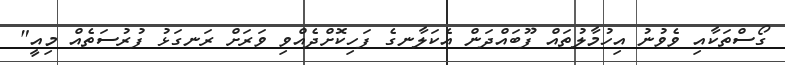
ގޯސްތަކާއި ވެވުނު އިހުމާލުތައް ފޫބައްދަން އެކަލާނގެ ފަހިކޮށްދެއްވި ވަރަށް ރަނގަޅު ފުރުސަތެއް މިއީ"